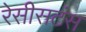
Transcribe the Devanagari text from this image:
रेसीसटंस